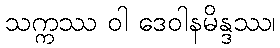
သက္ကဿ ဝါ ဒေဝါနမိန္ဒဿ၊